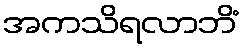
အကသိရလာဘိံ